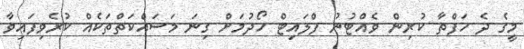
މީގެ ދެ ހަފްތާ ކުރިން ވެއްޓުނު ފްލައިޓް ހޯދުމަށް ގިނަ މަސައްކަތްތަކެއް ކުރެވިފައިވާ